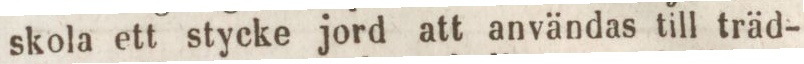
skola ett stycke jord att användas till träd-